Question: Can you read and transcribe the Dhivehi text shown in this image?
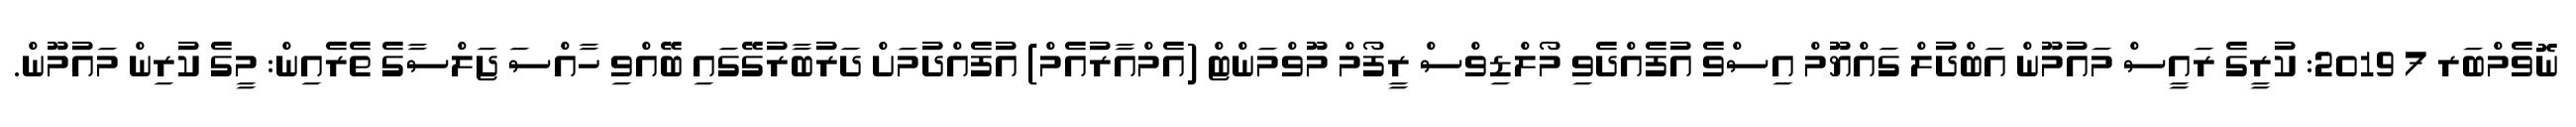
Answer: ނޮވެމްބަރ 7 2019: ކުރީގެ ރައީސް މައުމޫން އަބްދުލް ގައްޔޫމް އިސްވެ އުފެއްދެވި މޯލްޑިވްސް ރީފޯމް މޫވްމަންޓް (އެމްއާރުއެމް) އުފެއްދުމަށް ދަރުބާރުގޭގައި ބޭއްވި ހާއްސަ ޖަލްސާގެ ތެރެއިން: މީގެ ކުރިން މައުމޫން.